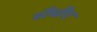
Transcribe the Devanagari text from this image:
डीबीए